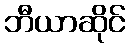
ဘီယာဆိုင်